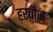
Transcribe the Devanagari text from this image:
हरचीज़